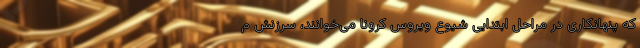
که پنهانکاری در مراحل ابتدایی شیوع ویروس کرونا می‌خوانند، سرزنش م